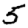
Digit: 5